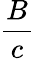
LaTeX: \frac{B}{c}